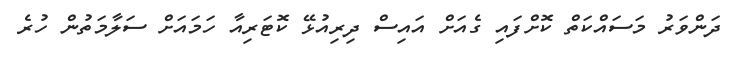
ދަންވަރު މަސައްކަތް ކޮށްފައި ގެއަށް އައިސް ދިރިއުޅޭ ކޮޓަރިއާ ހަމައަށް ސަލާމަތުން ހުރެ